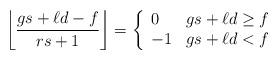
LaTeX: \begin{align*}\left\lfloor \frac{gs+\ell d -f}{rs+1}\right\rfloor = \left\{\begin{array}{ll}0 & gs+\ell d\geq f \\-1 & gs+\ell d < f\end{array}\right.\end{align*}